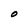
Character: O